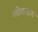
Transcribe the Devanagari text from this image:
लोकनाथं